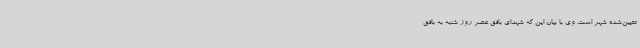
تعیین‌شده‌ شهر است. وی با بیان این که شهدای بافق عصر روز شنبه به بافق